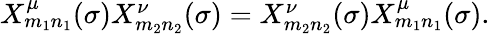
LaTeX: \begin{array}{lcr}{{X_{m_{1}n_{1}}^{\mu}(\sigma)X_{m_{2}n_{2}}^{\nu}(\sigma)=X_{m_{2}n_{2}}^{\nu}(\sigma)X_{m_{1}n_{1}}^{\mu}(\sigma).}}\end{array}